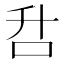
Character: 𰇌